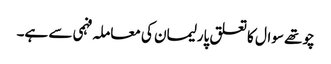
چوتھے سوال کا تعلق پارلیمان کی معاملہ فہمی سے ہے۔